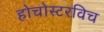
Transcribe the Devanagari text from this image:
होचोस्टरविच